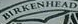
BIRKENHEAD